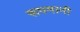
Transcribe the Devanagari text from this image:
रूपमानी